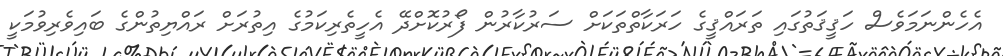
އެހެންނަމަވެސް ހަޤީޤަތުގައި ތަރައްޤީގެ ހަރަކާތްތަކަށް ސަރުކާރުން ފޯރުކޮށްދޭ އެހީތެރިކަމުގެ އިތުރަށް ރައްޔިތުންގެ ބައިވެރިވުމަކީ